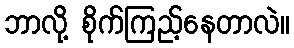
ဘာလို့ စိုက်ကြည့်နေတာလဲ။